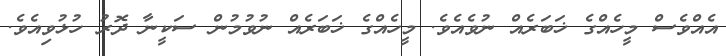
އެއްވެސް މީހެއްގެ ޚަބަރެއް ނުވެއެވެ. މީހެއްގެ ޚަބަރެއް ނުވުމުން ސަކީނާ ދޮރު ހުޅުވިއެވެ.